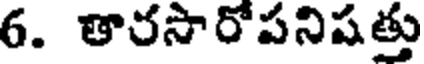
6. తారసారోపనిషత్తు